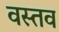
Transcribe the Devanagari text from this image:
वस्तव